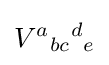
V^{a}{}_{bc}{}^{d}{}_{e}